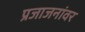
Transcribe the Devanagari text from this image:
प्रजाजनांवर